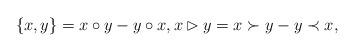
LaTeX: \begin{align*} \{x,y\}= x\circ y- y\circ x, x \rhd y= x \succ y -y\prec x,\end{align*}